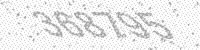
Solution: 368795